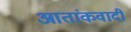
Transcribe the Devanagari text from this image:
आतांकवादी